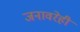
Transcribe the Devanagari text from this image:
जनावरेही